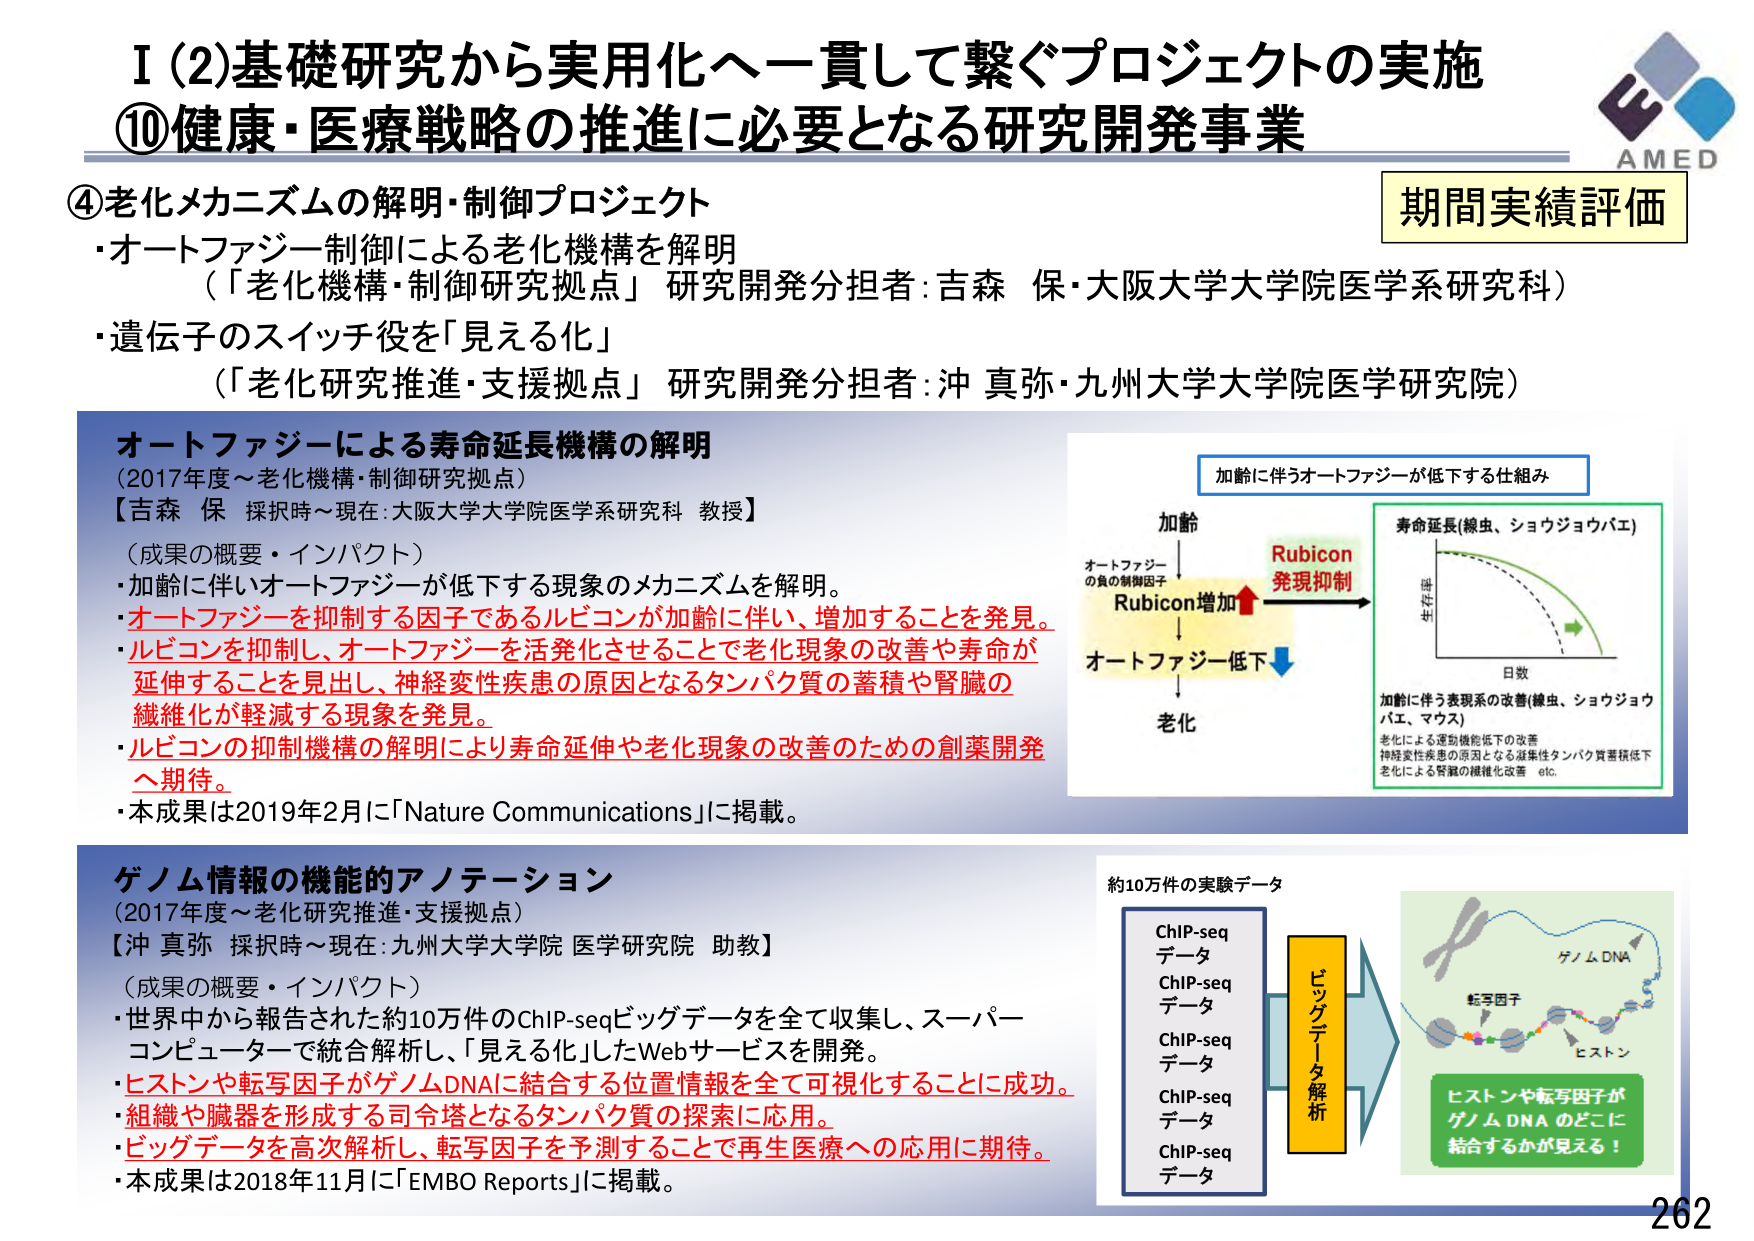
I (2)基礎研究から実用化へ一貫して繋ぐプロジェクトの実施
⑩健康・医療戦略の推進に必要となる研究開発事業

④老化メカニズムの解明・制御プロジェクト
・オートファジー制御による老化機構を解明
（「老化機構・制御研究拠点」研究開発分担者：吉森 保・大阪大学大学院医学系研究科）
・遺伝子のスイッチ役を「見える化」
（「老化研究推進・支援拠点」研究開発分担者：沖 真弥・九州大学大学院医学研究院）

期間実績評価

オートファジーによる寿命延長機構の解明
（2017年度～老化機構・制御研究拠点）
【吉森 保 採択時～現在：大阪大学大学院医学系研究科 教授】
（成果の概要・インパクト）
・加齢に伴いオートファジーが低下する現象のメカニズムを解明。
・オートファジーを抑制する因子であるルビコンが加齢に伴い、増加することを発見。
・ルビコンを抑制し、オートファジーを活発化させることで老化現象の改善や寿命が延伸することを見出し、神経変性疾患の原因となるタンパク質の蓄積や腎臓の繊維化が軽減する現象を発見。
・ルビコンの抑制機構の解明により寿命延伸や老化現象の改善のための創薬開発へ期待。
・本成果は2019年2月に「Nature Communications」に掲載。

加齢に伴うオートファジーが低下する仕組み
加齢
オートファジーの負の制御因子
Rubicon増加
→
オートファジー低下
→
老化
Rubicon 発現抑制

寿命延長（線虫、ショウジョウバエ）
生存率
日数
加齢に伴う表現系の改善（線虫、ショウジョウバエ、マウス）
老化による運動機能低下の改善
神経変性疾患の原因となる凝集性タンパク質蓄積低下
老化による腎臓の繊維化改善 etc.

ゲノム情報の機能的アノテーション
（2017年度～老化研究推進・支援拠点）
【沖 真弥 採択時～現在：九州大学大学院 医学研究院 助教】
（成果の概要・インパクト）
・世界中から報告された約10万件のChIP-seqビッグデータを全て収集し、スーパーコンピュータで統合解析し、「見える化」したWebサービスを開発。
・ヒストンや転写因子がゲノムDNAに結合する位置情報を全て可視化することに成功。
・組織や臓器を形成する司令塔となるタンパク質の探索に応用。
・ビッグデータを高次解析し、転写因子を予測することで再生医療への応用に期待。
・本成果は2018年11月に「EMBO Reports」に掲載。

約10万件の実験データ
ChIP-seq データ
ChIP-seq データ
ChIP-seq データ
ChIP-seq データ
ChIP-seq データ
ビッグデータ解析
ゲノムDNA
転写因子
ヒストン
ヒストンや転写因子がゲノムDNAのどこに結合するかが見える！

AMED
262